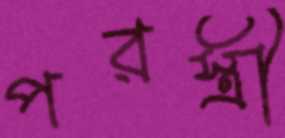
পরস্ত্রী